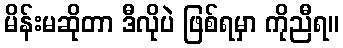
မိန်းမဆိုတာ ဒီလိုပဲ ဖြစ်ရမှာ ကိုညီရ။